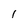
Character: I